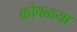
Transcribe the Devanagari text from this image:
कोवळया